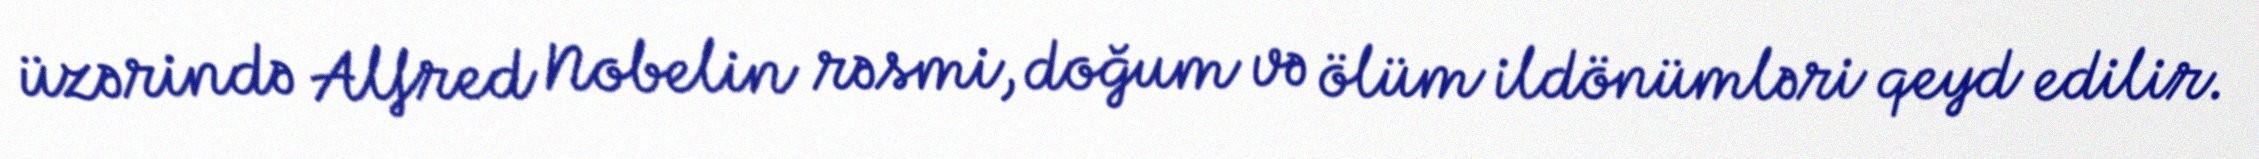
üzərində Alfred Nobelin rəsmi, doğum və ölüm ildönümləri qeyd edilir.